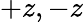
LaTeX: +z,-z